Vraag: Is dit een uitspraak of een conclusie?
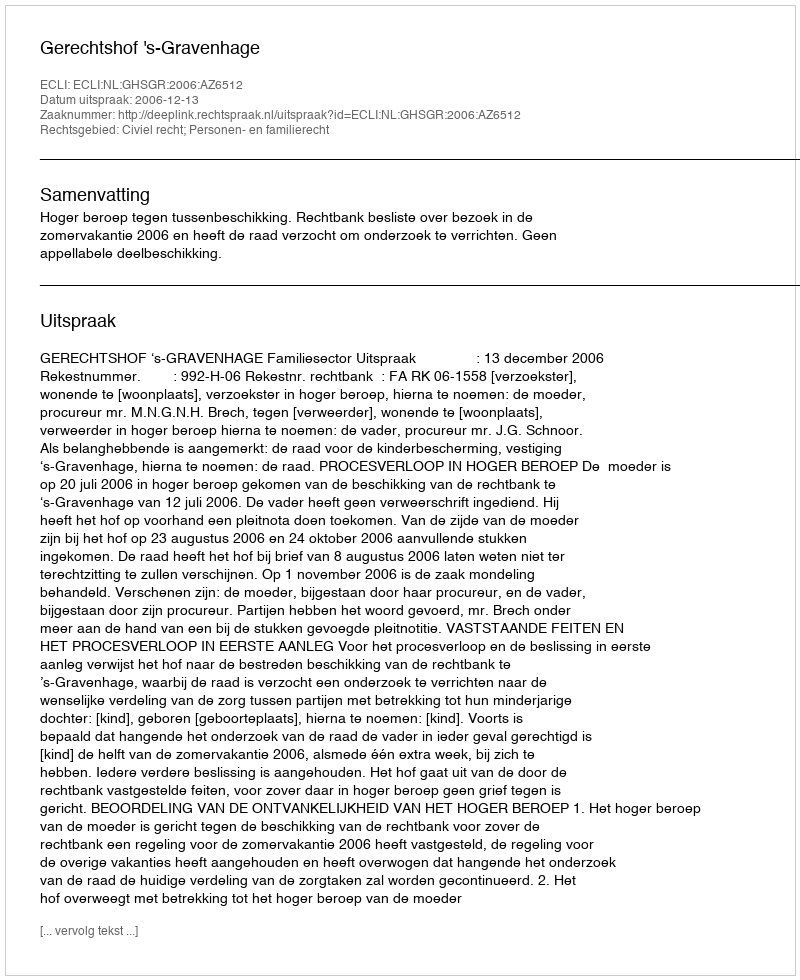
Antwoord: Uitspraak